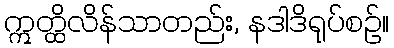
ဣတ္ထိလိန်သာတည်း, နဒါဒိရုပ်စဉ်။